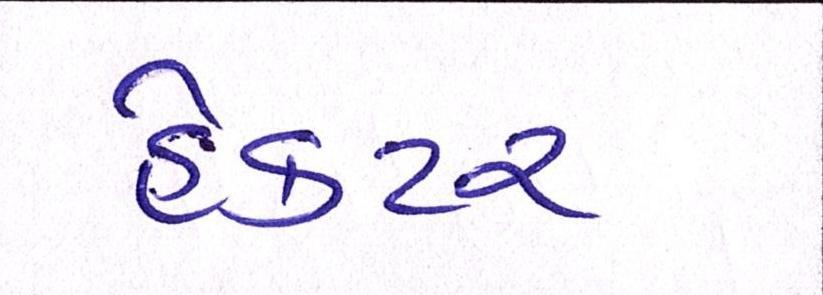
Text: હેક્ટર